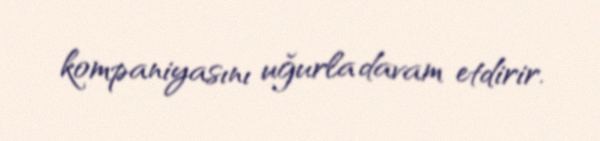
kompaniyasını uğurla davam etdirir.